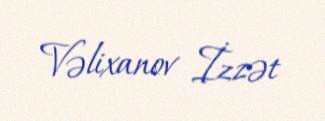
Vəlixanov İzzət